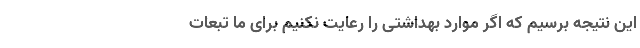
این نتیجه برسیم که اگر موارد بهداشتی را رعایت نکنیم برای ما تبعات